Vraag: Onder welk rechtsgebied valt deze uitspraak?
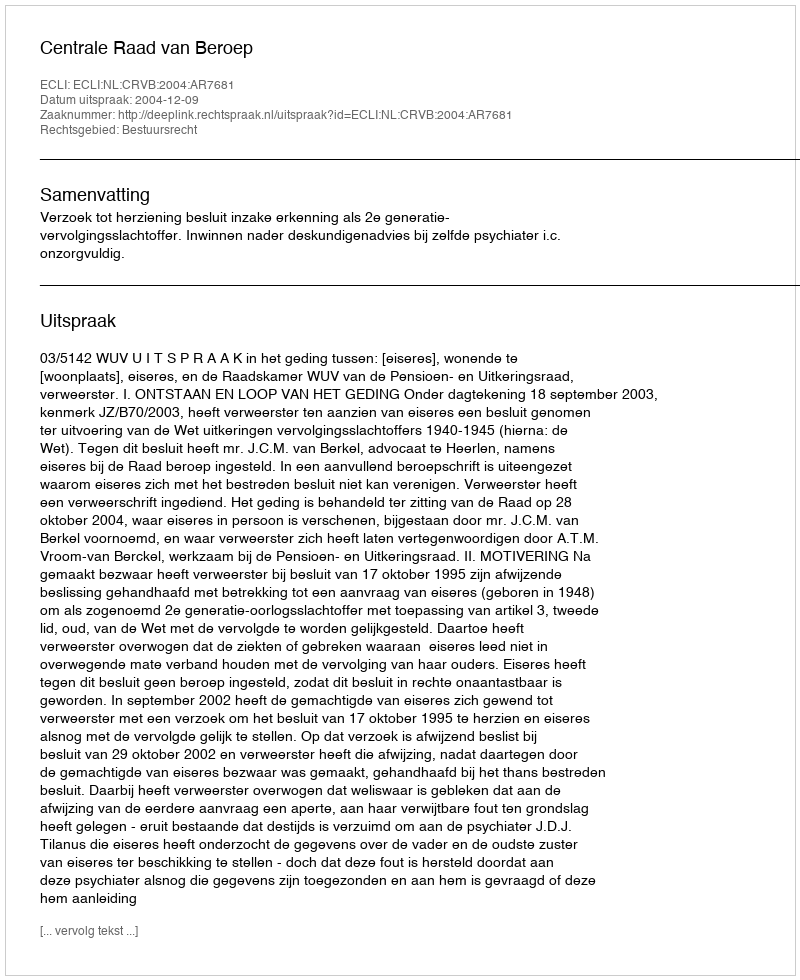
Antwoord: Bestuursrecht